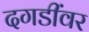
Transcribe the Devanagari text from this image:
दगडींवर